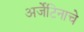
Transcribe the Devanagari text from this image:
अर्जेंटिनाचे